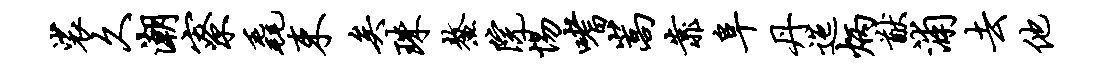
裟久潮寮毳束矣珠鳌院惕嗜嵩靠阜丹迤炳猷浦去他